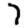
Digit: 7